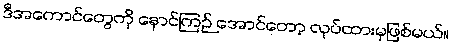
ဒီအကောင်တွေကို နောင်ကြဉ် အောင်တော့ လုပ်ထားမှဖြစ်မယ်။